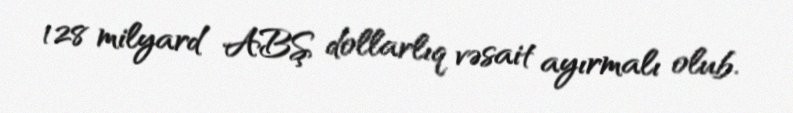
128 milyard ABŞ dollarlıq vəsait ayırmalı olub.